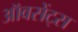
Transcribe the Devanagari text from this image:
ऑवसेंट्स